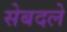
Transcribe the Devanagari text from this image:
सेबदले